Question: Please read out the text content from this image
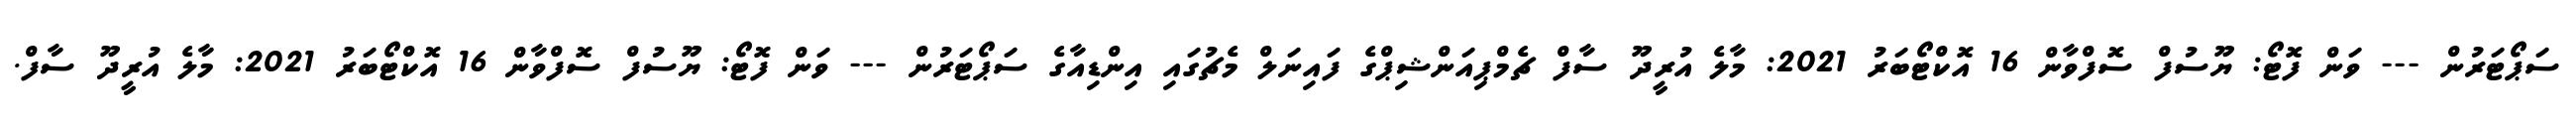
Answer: ސަޕޯޓަރުން --- ވަން ފޮޓޯ: ޔޫސުފް ސޮފްވާން 16 އޮކްޓޯބަރު 2021: މާލެ އުރީދޫ ސާފް ޗެމްޕިއަންޝިޕްގެ ފައިނަލް މެޗުގައި އިންޑިއާގެ ސަޕޯޓަރުން --- ވަން ފޮޓޯ: ޔޫސުފް ސޮފްވާން 16 އޮކްޓޯބަރު 2021: މާލެ އުރީދޫ ސާފް.